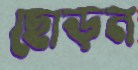
ছোড়ন